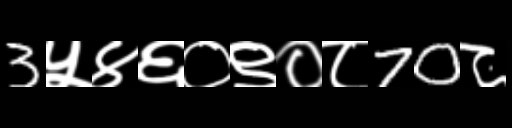
Text: 3५४६०९०८70८